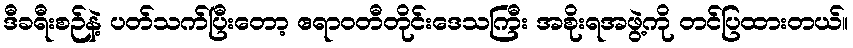
ဒီခရီးစဉ်နဲ့ ပတ်သက်ပြီးတော့ ဧရာဝတီတိုင်းဒေသကြီး အစိုးရအဖွဲ့ကို တင်ပြထားတယ်။